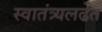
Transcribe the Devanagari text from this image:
स्वातंत्र्यलढेत